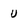
Character: u